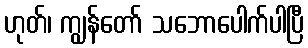
ဟုတ်၊ ကျွန်တော် သဘောပေါက်ပါပြီ